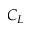
C _ { L }